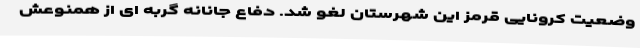
وضعیت کرونایی قرمز این شهرستان لغو شد. دفاع جانانه گربه ای از همنوعش